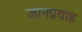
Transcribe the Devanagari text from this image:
ज्ञानप्रवाह